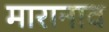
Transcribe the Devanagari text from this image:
मारानाव